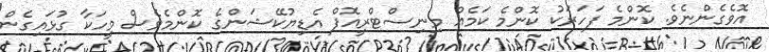
އޮވެގެންނެވެ. ކޮންމެ ފަހަރަކު ކޮންމެ ކަމެއް މިނިސްޓްރީއޮފް އެޑިޔުކޭޝަންގެ ކޮންމެވެސް މީހަކާ ގުޅައިގެން